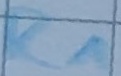
Text: R1